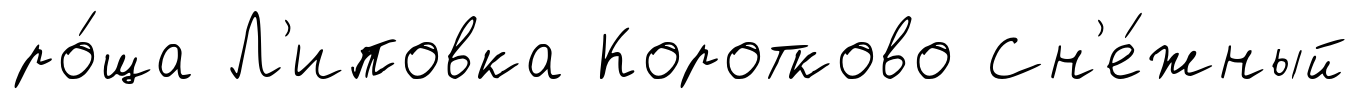
ро́ща Л'иповка Коротково Сн'е́жный